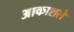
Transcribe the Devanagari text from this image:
आकाशले